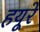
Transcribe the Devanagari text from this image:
हयूरे